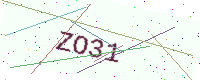
Text: ZO31